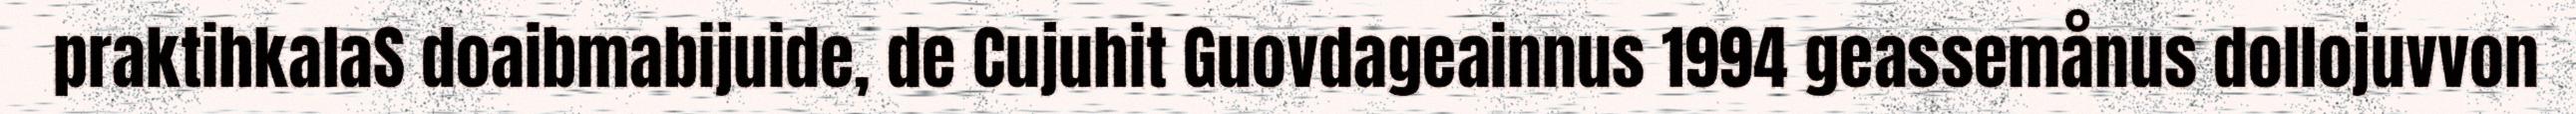
praktihkalaS doaibmabijuide, de Cujuhit Guovdageainnus 1994 geassemånus dollojuvvon